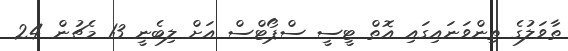
ތާވަލުގެ ތިންވަނައިގައި އޮތް ޓީސީ ސްޕޯޓްސް އަށް ލިބެނީ 13 މެޗުން 24